Vaccination report Assam 1896-1927 - 1896-1927
Year: 1896
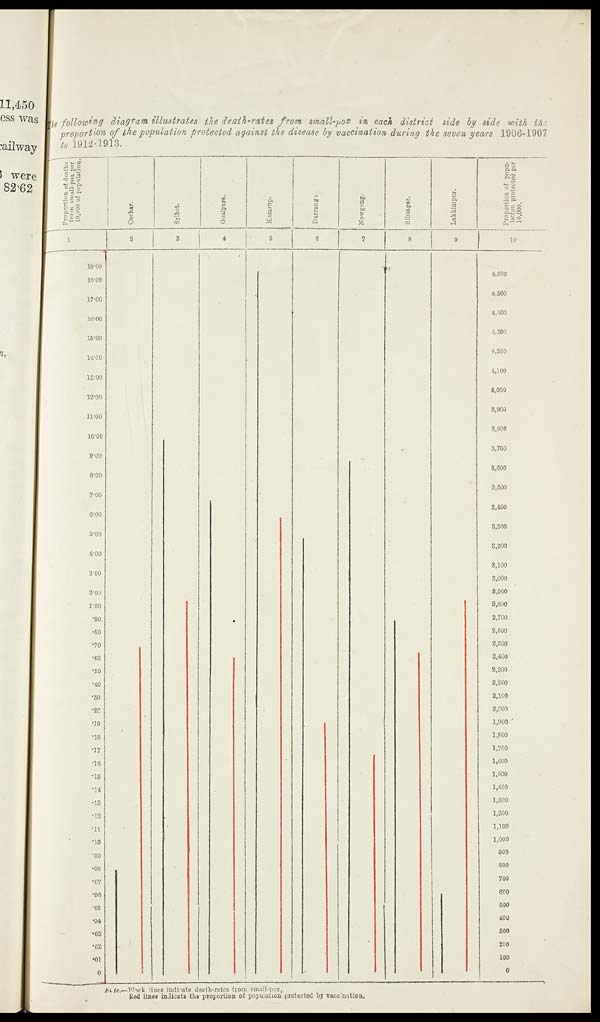
The following diagram illustrates the death-rates from small-pox in each district side by side with the
proportion of the population protected against the disease by vaccination during the seven years 1906-1907
to 1912-1913.
Note.—Block lines indicate depth-rates from small-pox,
Red lines indicate the proportion of population protected by vaccination.